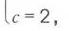
$c = 2,$